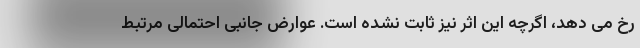
رخ می دهد، اگرچه این اثر نیز ثابت نشده است. عوارض جانبی احتمالی مرتبط